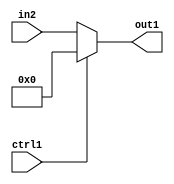
`timescale 1ps / 1ps
/*****************************************************************************
    Verilog RTL Description
    
    
    Created by: Stratus DpOpt 21.05.01 
*******************************************************************************/

module dut_N_Mux_14_2_58_1 (
	in2,
	ctrl1,
	out1
	); /* architecture "behavioural" */ 
input [13:0] in2;
input  ctrl1;
output [13:0] out1;
wire [13:0] asc001;

reg [13:0] asc001_tmp_0;
assign asc001 = asc001_tmp_0;
always @ (ctrl1 or in2) begin
	case (ctrl1)
		1'B1 : asc001_tmp_0 = 14'B00000000000000 ;
		default : asc001_tmp_0 = in2 ;
	endcase
end

assign out1 = asc001;
endmodule

/* CADENCE  uLP5SQk= : u9/ySxbfrwZIxEzHVQQV8Q== ** DO NOT EDIT THIS LINE ******/